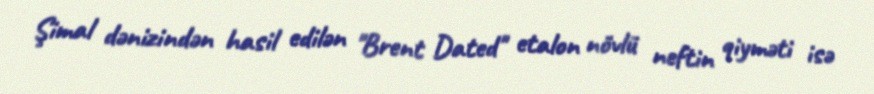
Şimal dənizindən hasil edilən "Brent Dated" etalon növlü neftin qiyməti isə